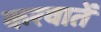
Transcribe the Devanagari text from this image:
करवातें